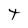
Character: t